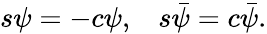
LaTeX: \begin{array}{ll}{{s\psi=-c\psi,}}&{{s\bar{\psi}=c\bar{\psi}.}}\end{array}